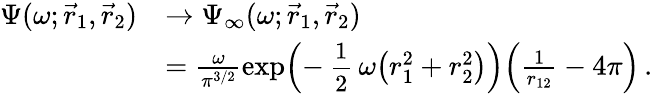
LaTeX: \begin{array}{rl}{\Psi(\omega;\vec{r}_{1},\vec{r}_{2})}&{\to\Psi_{\infty}(\omega;\vec{r}_{1},\vec{r}_{2})}\\ &{=\frac{\omega}{\pi^{3/2}}\exp\Bigl(-\mathrm{\small~\displaystyle\frac{1}{2}~}\omega\bigl(r_{1}^{2}+r_{2}^{2}\bigr)\Bigr)\Bigl(\frac{1}{r_{12}}-4\pi\Bigr)\, .}\end{array}